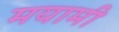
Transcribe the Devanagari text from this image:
मयामी